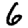
Digit: 6